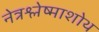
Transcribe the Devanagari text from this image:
नेत्रश्लेष्माशोथ